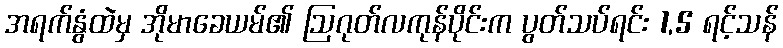
အရက်နွံထဲမှ အိုမာခေယမ်၏ ဩဂုတ်လကုန်ပိုင်းက ပွတ်သပ်ရင်း 1,5 ရင့်သန်